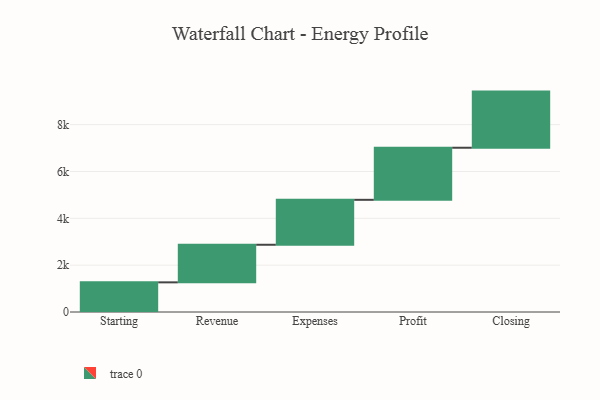
{"axis": {"x": "Step", "y": "Value"}, "legend": [""], "data": [{"x": "Starting", "y": 1266.0, "type": ""}, {"x": "Revenue", "y": 1605.0, "type": ""}, {"x": "Expenses", "y": 1919.0, "type": ""}, {"x": "Profit", "y": 2224.0, "type": ""}, {"x": "Closing", "y": 2397.0, "type": ""}]}